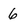
Character: 6